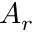
A _ { r }